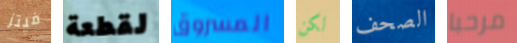
فيتز لقطعة المسروق لكن الصحف مرحبا